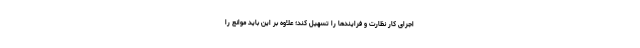
اجرای کار نظارت و فرایندها را تسهیل کند؛ علاوه بر این باید موانع را